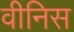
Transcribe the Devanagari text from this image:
वीनिस